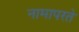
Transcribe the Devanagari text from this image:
नामापरते